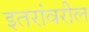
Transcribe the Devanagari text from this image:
इतरांवरील